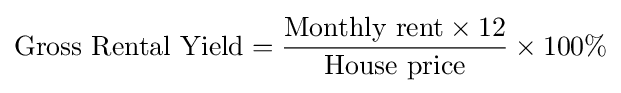
{\mbox{Gross Rental Yield}}={\frac {{\mbox{Monthly rent}}\times 12}{\mbox{House price}}}\times 100\%